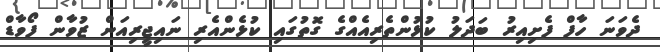
ދެވަނަ ހާފް ފެށިއިރު ބަދަލު ކުޅުންތެރިއެއްގެ ގޮތުގައި ކުޅެންއެރި ނައިޖީރިއަން ޒުވާން ފޯވާޑް